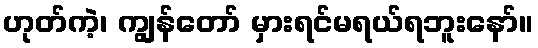
ဟုတ်ကဲ့၊ ကျွန်တော် မှားရင်မရယ်ရဘူးနော်။